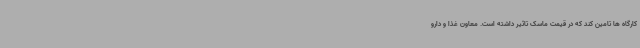
کارگاه ها تامین کند که در قیمت ماسک تاثیر داشته است. معاون غذا و دارو